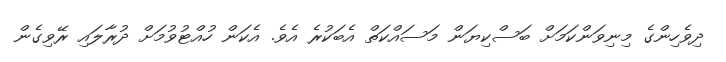
ދިވެހިންގެ މިނިވަންކަމަށް ބަސްކިޔަން މަސައްކަތް އެބަކުރެ އެވެ. އެކަން ހުއްޓުވުމަށް ދުރާލައި ރޭވިގެން